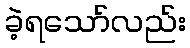
ခဲ့ရသော်လည်း